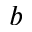
b